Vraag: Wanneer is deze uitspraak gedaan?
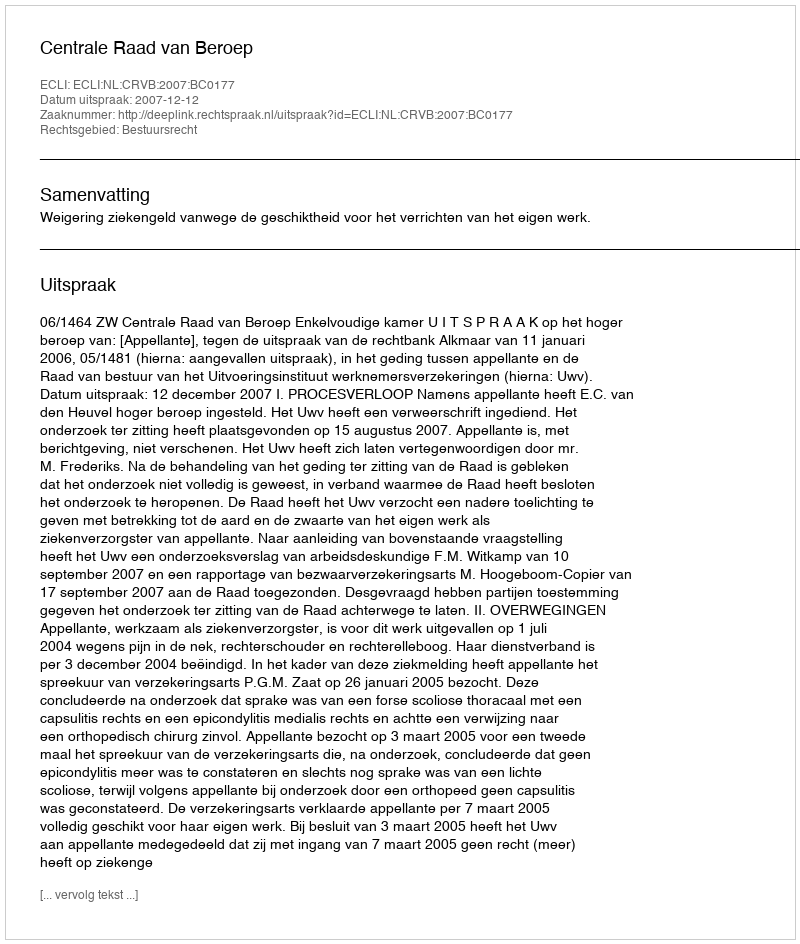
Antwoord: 2007-12-12